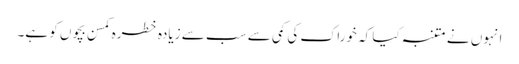
انہوں نے متنبہ کیا کہ خوراک کی کمی سے سب سے زیادہ خطرہ کمسن بچوں کو ہے۔